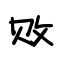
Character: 败